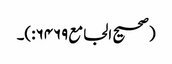
(صحیح الجامع۶۴۶۹:)۔